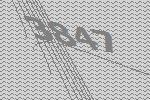
3847